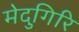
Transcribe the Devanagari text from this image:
मेदुगिरि